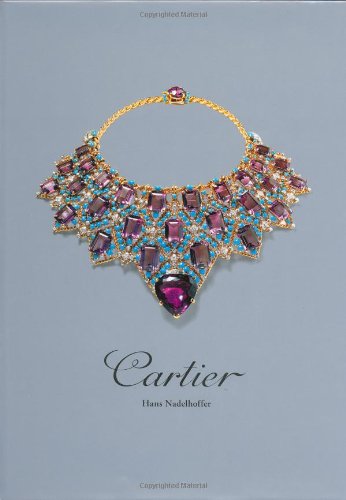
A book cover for Cartier; Hans Nadelhoffer; Crafts, Hobbies & Home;